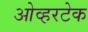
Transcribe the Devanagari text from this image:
ओव्हरटेक